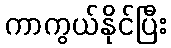
ကာကွယ်နိုင်ပြီး